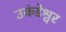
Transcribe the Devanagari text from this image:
उकंडेश्वर